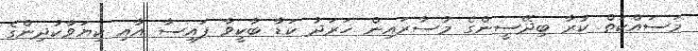
މަސައްކަތް ކުރާ ބިދޭސީންގެ މުސާރައިން ޚަރަދު ކަޑާ ބާކީވާ ފައިސާ އާއި ކިޔަވާކުދިންގެ